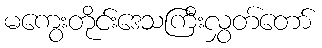
မကွေးတိုင်းဒေသကြီးလွှတ်တော်